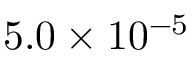
5 . 0 \times 1 0 ^ { - 5 }